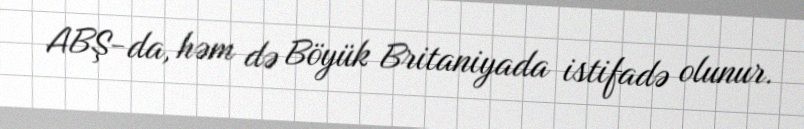
ABŞ-da, həm də Böyük Britaniyada istifadə olunur.